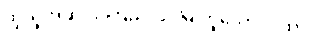
ထိုသူအဆင်း ကြည်လင်မြဲ ဟူသော ဂါထာ။